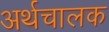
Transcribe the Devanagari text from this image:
अर्थचालक